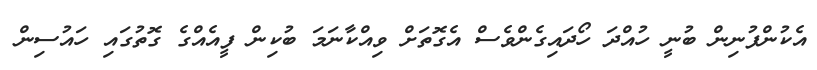
އެކުންފުނިން ބުނީ ހުއްދަ ހޯދައިގެންވެސް އެގޮތަށް ވިއްކާނަމަ ބުކިން ފީއެއްގެ ގޮތުގައި ހައުސިން